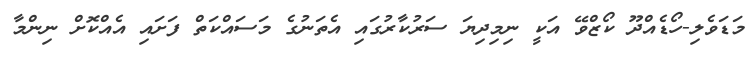
މަޑަވެލި-ހޯޑެއްދޫ ކޯޒްވޭ އަކީ ނިމިދިޔަ ސަރުކާރުގައި އެތަނުގެ މަސައްކަތް ފަށައި އެއްކޮށް ނިންމާ